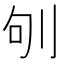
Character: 𠛎